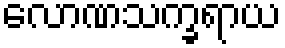
လောဏသက္ခရာယ